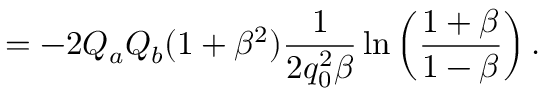
= - 2 Q _ { a } Q _ { b } ( 1 + \beta ^ { 2 } ) { \frac { 1 } { 2 q _ { 0 } ^ { 2 } \beta } } \ln \left( { \frac { 1 + \beta } { 1 - \beta } } \right) .